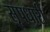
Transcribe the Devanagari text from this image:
सृपधारी